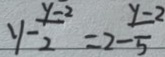
y - \frac { y - 2 } { 2 } = 2 - \frac { y - 2 } { 5 }